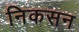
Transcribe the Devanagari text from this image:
निकसन